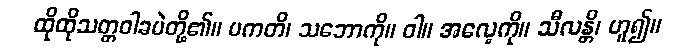
ထိုထိုသတ္တဝါခပဲတို့၏။ ပကတိ၊ သဘောကို။ ဝါ။ အလေ့ကို။ သီလန္တိ၊ ဟူ၍။